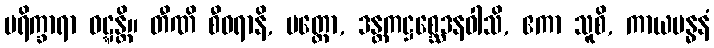
ပရိက္ခာရာ ဝဋ္ဋန္တိ။ တီဏိ စီဝရာနိ, ပတ္တော, ဒန္တကဋ္ဌစ္ဆေဒနဝါသိ, ဧကာ သူစိ, ကာယဗန္ဓနံ